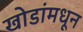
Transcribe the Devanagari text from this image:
खोडांमधून